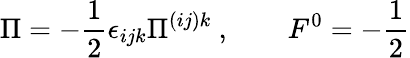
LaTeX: \Pi=-\frac{1}{2}\epsilon_{ijk}\Pi^{(ij)k}\ ,\qquad F^{0}=-\frac{1}{2}